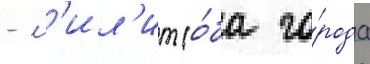
- л'ил'ит (о́ба го́рода